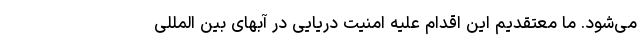
می‌شود. ما معتقدیم این اقدام علیه امنیت دریایی در آبهای بین المللی